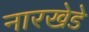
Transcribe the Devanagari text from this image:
नारखेडे